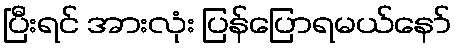
ပြီးရင် အားလုံး ပြန်ပြောရမယ်နော်